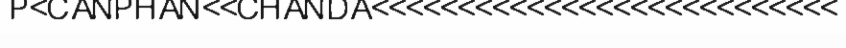
P<CANPHAN<<CHANDA<<<<<<<<<<<<<<<<<<<<<<<<<<<